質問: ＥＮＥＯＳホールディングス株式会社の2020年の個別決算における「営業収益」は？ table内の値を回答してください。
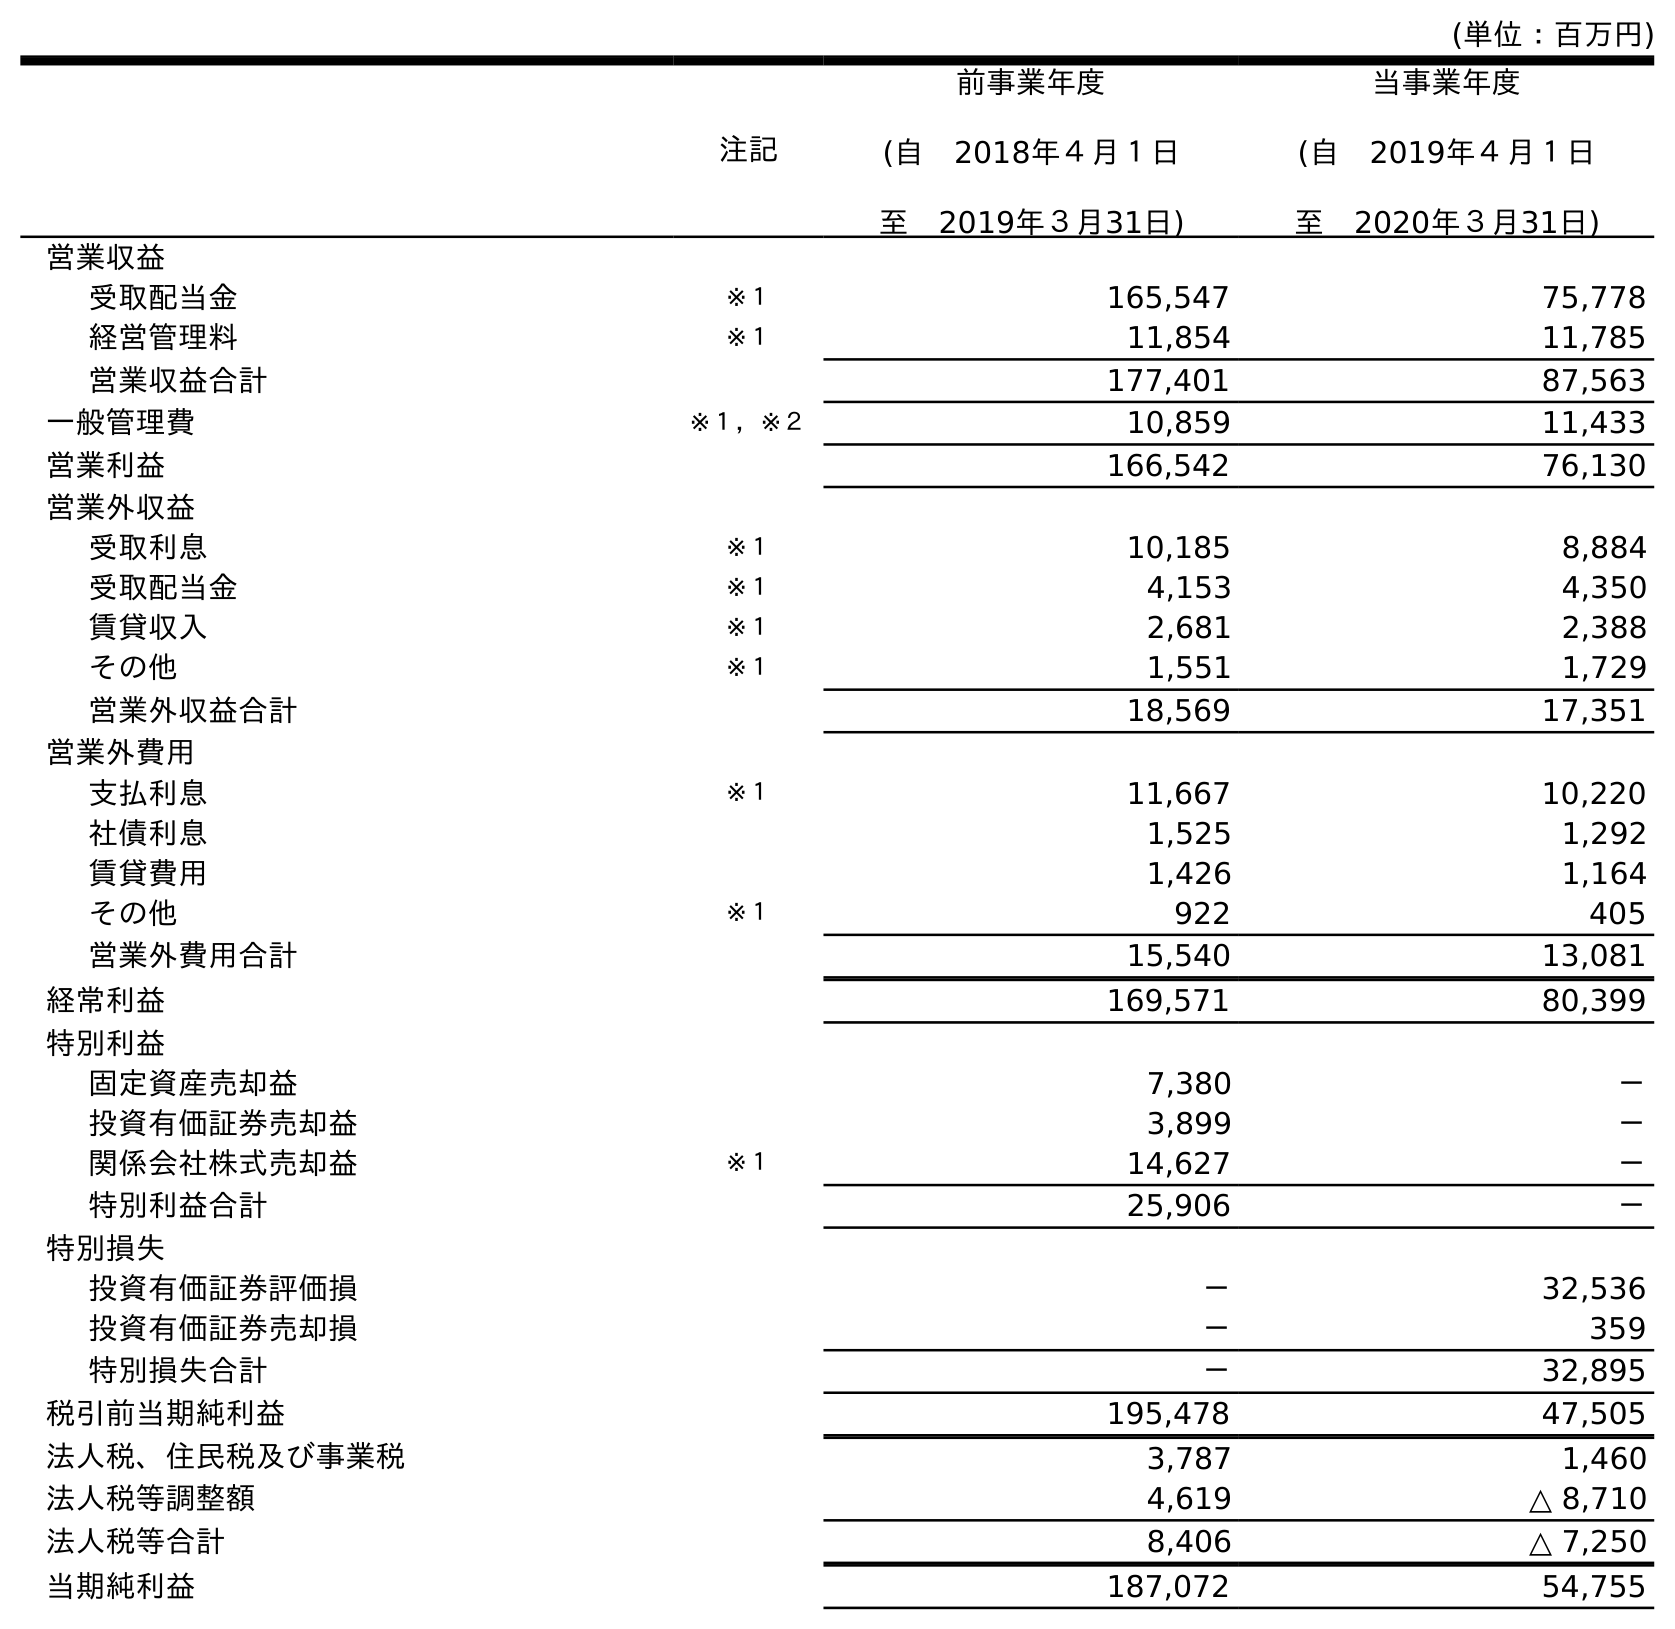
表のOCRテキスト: (単位：百万円) 注記 前事業年度 (自 2018年４月１日 至 2019年３月31日) 当事業年度 (自 2019年４月１日 至 2020年３月31日) 営業収益 受取配当金 ※１ 165,547 75,778 経営管理料 ※１ 11,854 11,785 営業収益合計 177,401 87,563 一般管理費 ※１，※２ 10,859 11,433 営業利益 166,542 76,130 営業外収益 受取利息 ※１ 10,185 8,884 受取配当金 ※１ 4,153 4,350 賃貸収入 ※１ 2,681 2,388 その他 ※１ 1,551 1,729 営業外収益合計 18,569 17,351 営業外費用 支払利息 ※１ 11,667 10,220 社債利息 1,525 1,292 賃貸費用 1,426 1,164 その他 ※１ 922 405 営業外費用合計 15,540 13,081 経常利益 169,571 80,399 特別利益 固定資産売却益 7,380 － 投資有価証券売却益 3,899 － 関係会社株式売却益 ※１ 14,627 － 特別利益合計 25,906 － 特別損失 投資有価証券評価損 － 32,536 投資有価証券売却損 － 359 特別損失合計 － 32,895 税引前当期純利益 195,478 47,505 法人税、住民税及び事業税 3,787 1,460 法人税等調整額 4,619 △ 8,710 法人税等合計 8,406 △ 7,250 当期純利益 187,072 54,755
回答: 87,563